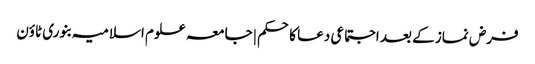
فرض نماز کے بعد اجتماعی دعا کاحکم | جامعہ علوم اسلامیہ بنوری ٹاؤن